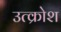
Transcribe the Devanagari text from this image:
उत्क्रोश